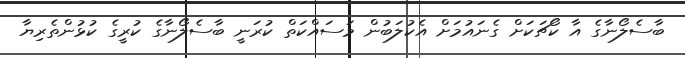
ބާސެލޯނާގެ އާ ކޯޗަކަށް ގެނައުމަށް އެކުލަބުން މަސައްކަތް ކުރަނީ ބާސެލޯނާގެ ކުރީގެ ކުޅުންތެރިޔާ